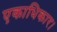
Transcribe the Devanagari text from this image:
एकाधिकार।